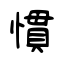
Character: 慣